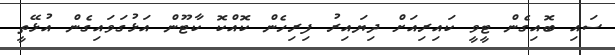
ސައި ބޮއިގެން ޓީވީ ކައިރިއަށް ދިޔައިރު ފިރިހެން ކޮއްކޮ ކާޓޫން އަޅުގަވައިގެން އުޅޭތީ